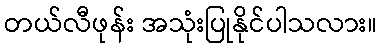
တယ်လီဖုန်း အသုံးပြုနိုင်ပါသလား။